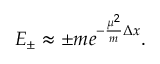
E _ { \pm } \approx \pm m e ^ { - \frac { \mu ^ { 2 } } { m } \Delta x } .